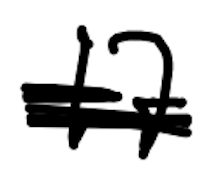
Text: 17
Cross-out: mix
Writing tool: digital_black